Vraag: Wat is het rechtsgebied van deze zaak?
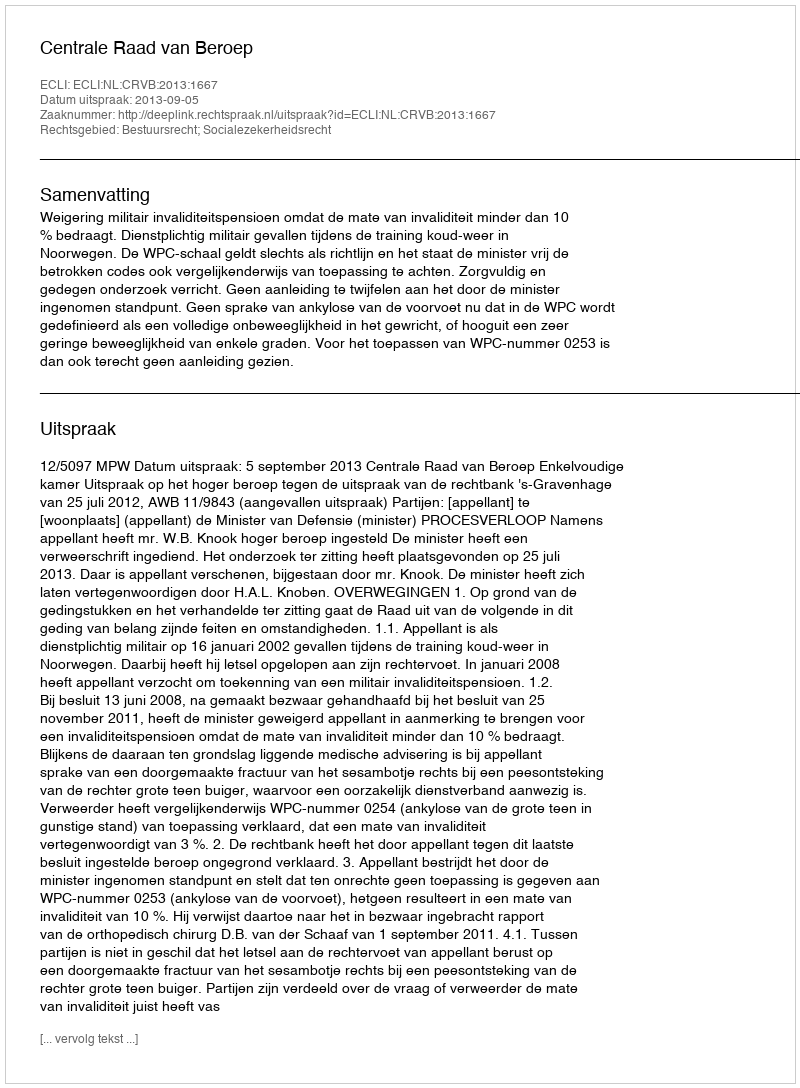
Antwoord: Bestuursrecht; Socialezekerheidsrecht